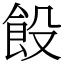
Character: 䬦